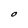
Character: O